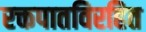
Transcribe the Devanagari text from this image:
रक्तपातविरहित